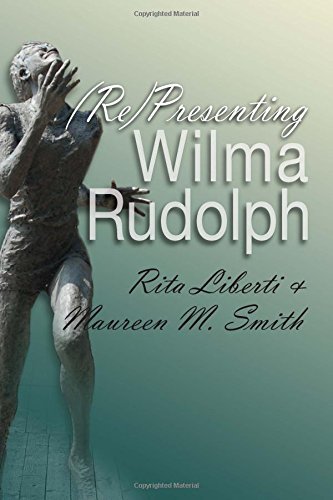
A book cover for (Re)Presenting Wilma Rudolph (Sports and Entertainment); Rita Liberti; Sports & Outdoors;